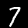
Label: 7